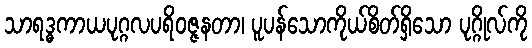
သာရဒ္ဓကာယပုဂ္ဂလပရိဝဇ္ဇနတာ၊ ပူပန်သောကိုယ်စိတ်ရှိသော ပုဂ္ဂိုလ်ကို